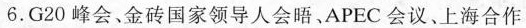
6.G20峰会、金砖国家领导人会晤、APEC会议、上海合作